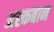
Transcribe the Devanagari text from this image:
अस्कबान